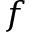
f